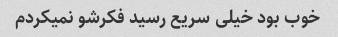
خوب بود خیلی سریع رسید فکرشو نمیکردم